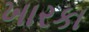
ખારકા